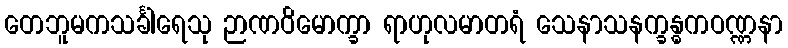
တေဘူမကသင်္ခါရေသု ဉာဏဝိမောက္ခာ ရာဟုလမာတရံ သေနာသနက္ခန္ဓကဝဏ္ဏနာ